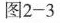
图2-3